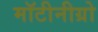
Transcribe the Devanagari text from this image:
मॉटीनीग्रो